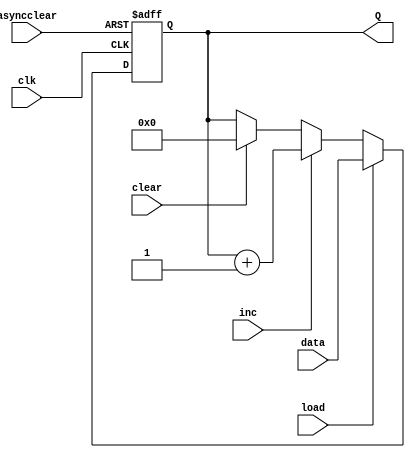
module register(input clk, load, clear, inc, asyncclear, input[n - 1:0] data, output reg [n - 1:0] Q);
    parameter n = 16;

    always @ (posedge clk, posedge asyncclear) begin
        if (asyncclear) begin
            Q = 0;
        end
        else begin
            if (load) begin
                Q = #1 data;
            end else if (inc) begin
                Q = #1 Q + 1;
            end else if (clear) begin
                Q = #1 0;
            end
        end
    end
endmodule